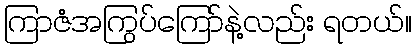
ကြာဇံအကြွပ်ကြော်နဲ့လည်း ရတယ်။